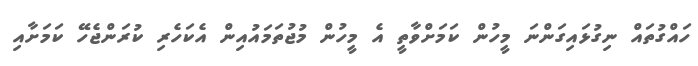
ހައްގުތައް ނިގުޅައިގަންނަ މީހުން ކަމަށްވާތީ އެ މީހުން މުޖުތަމައުއިން އެކަހެރި ކުރަންޖެހޭ ކަމަށާއި